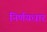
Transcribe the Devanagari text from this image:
निर्णयधार